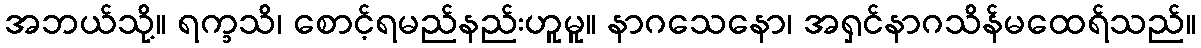
အဘယ်သို့။ ရက္ခသိ၊ စောင့်ရမည်နည်းဟူမူ။ နာဂသေနော၊ အရှင်နာဂသိန်မထေရ်သည်။